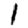
Digit: 1